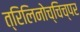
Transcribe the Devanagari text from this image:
त्रिलिनोच्चिच्पर